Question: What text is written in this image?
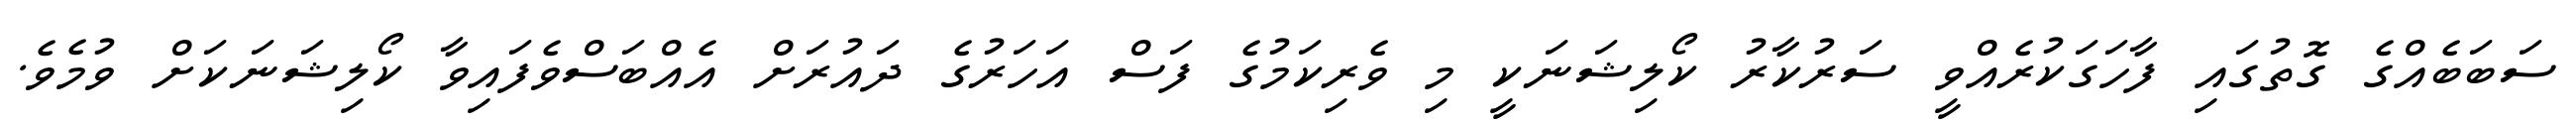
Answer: ސަބަބެއްގެ ގޮތުގައި ފާހަގަކުރެއްވީ ސަރުކާރު ކޯލިޝަނަކީ މި ވެރިކަމުގެ ފަސް އަހަރުގެ ދައުރަށް އެއްބަސްވެފައިވާ ކޯލިޝަނަކަށް ވުމެވެ.